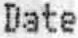
DATE